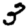
Digit: 3